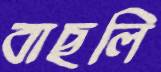
বাছলি